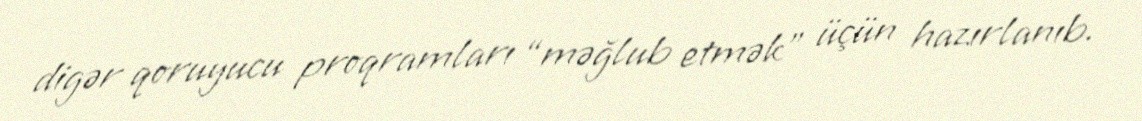
digər qoruyucu proqramları “məğlub etmək” üçün hazırlanıb.